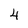
Character: 4